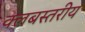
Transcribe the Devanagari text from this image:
क्लबस्तरीय